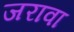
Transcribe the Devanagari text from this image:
जरावा